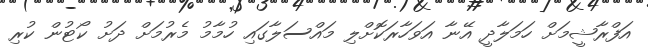
އަފްރާޝީމަށް ހަމަލާދީ އޭނާ އަވަހާރަކޮށްލި މައްސަލާގައި ހުމާމު މެރުމަށް ދަށު ކޯޓުން ކުރި